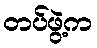
တပ်ဖွဲ့က